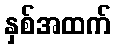
နှစ်အထက်